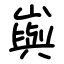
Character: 㠘